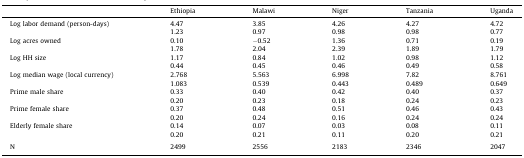
|  | Ethiopia | Malawi | Niger | Tanzania | Uganda |
 | --- | --- | --- | --- | --- | --- |
 | Log labor demand (person-days) | 4.47 | 3.85 | 4.26 | 4.27 | 4.72 |
 |  | 1.23 | 0.97 | 0.98 | 0.98 | 0.77 |
 | Log acres owned | 0.10 | −0.52 | 1.36 | 0.71 | 0.19 |
 |  | 1.78 | 2.04 | 2.39 | 1.89 | 1.79 |
 | Log HH size | 1.17 | 0.84 | 1.02 | 0.98 | 1.12 |
 |  | 0.44 | 0.45 | 0.46 | 0.49 | 0.58 |
 | Log median wage (local currency) | 2.768 | 5.563 | 6.998 | 7.82 | 8.761 |
 |  | 1.083 | 0.539 | 0.443 | 0.489 | 0.649 |
 | Prime male share | 0.33 | 0.40 | 0.42 | 0.40 | 0.37 |
 |  | 0.20 | 0.23 | 0.18 | 0.24 | 0.23 |
 | Prime female share | 0.37 | 0.48 | 0.51 | 0.46 | 0.43 |
 |  | 0.20 | 0.24 | 0.16 | 0.24 | 0.24 |
 | Elderly female share | 0.14 | 0.07 | 0.03 | 0.08 | 0.11 |
 |  | 0.20 | 0.21 | 0.11 | 0.20 | 0.21 |
 | <COLSPAN=6>  |
 | N | 2499 | 2556 | 2183 | 2346 | 2047 |